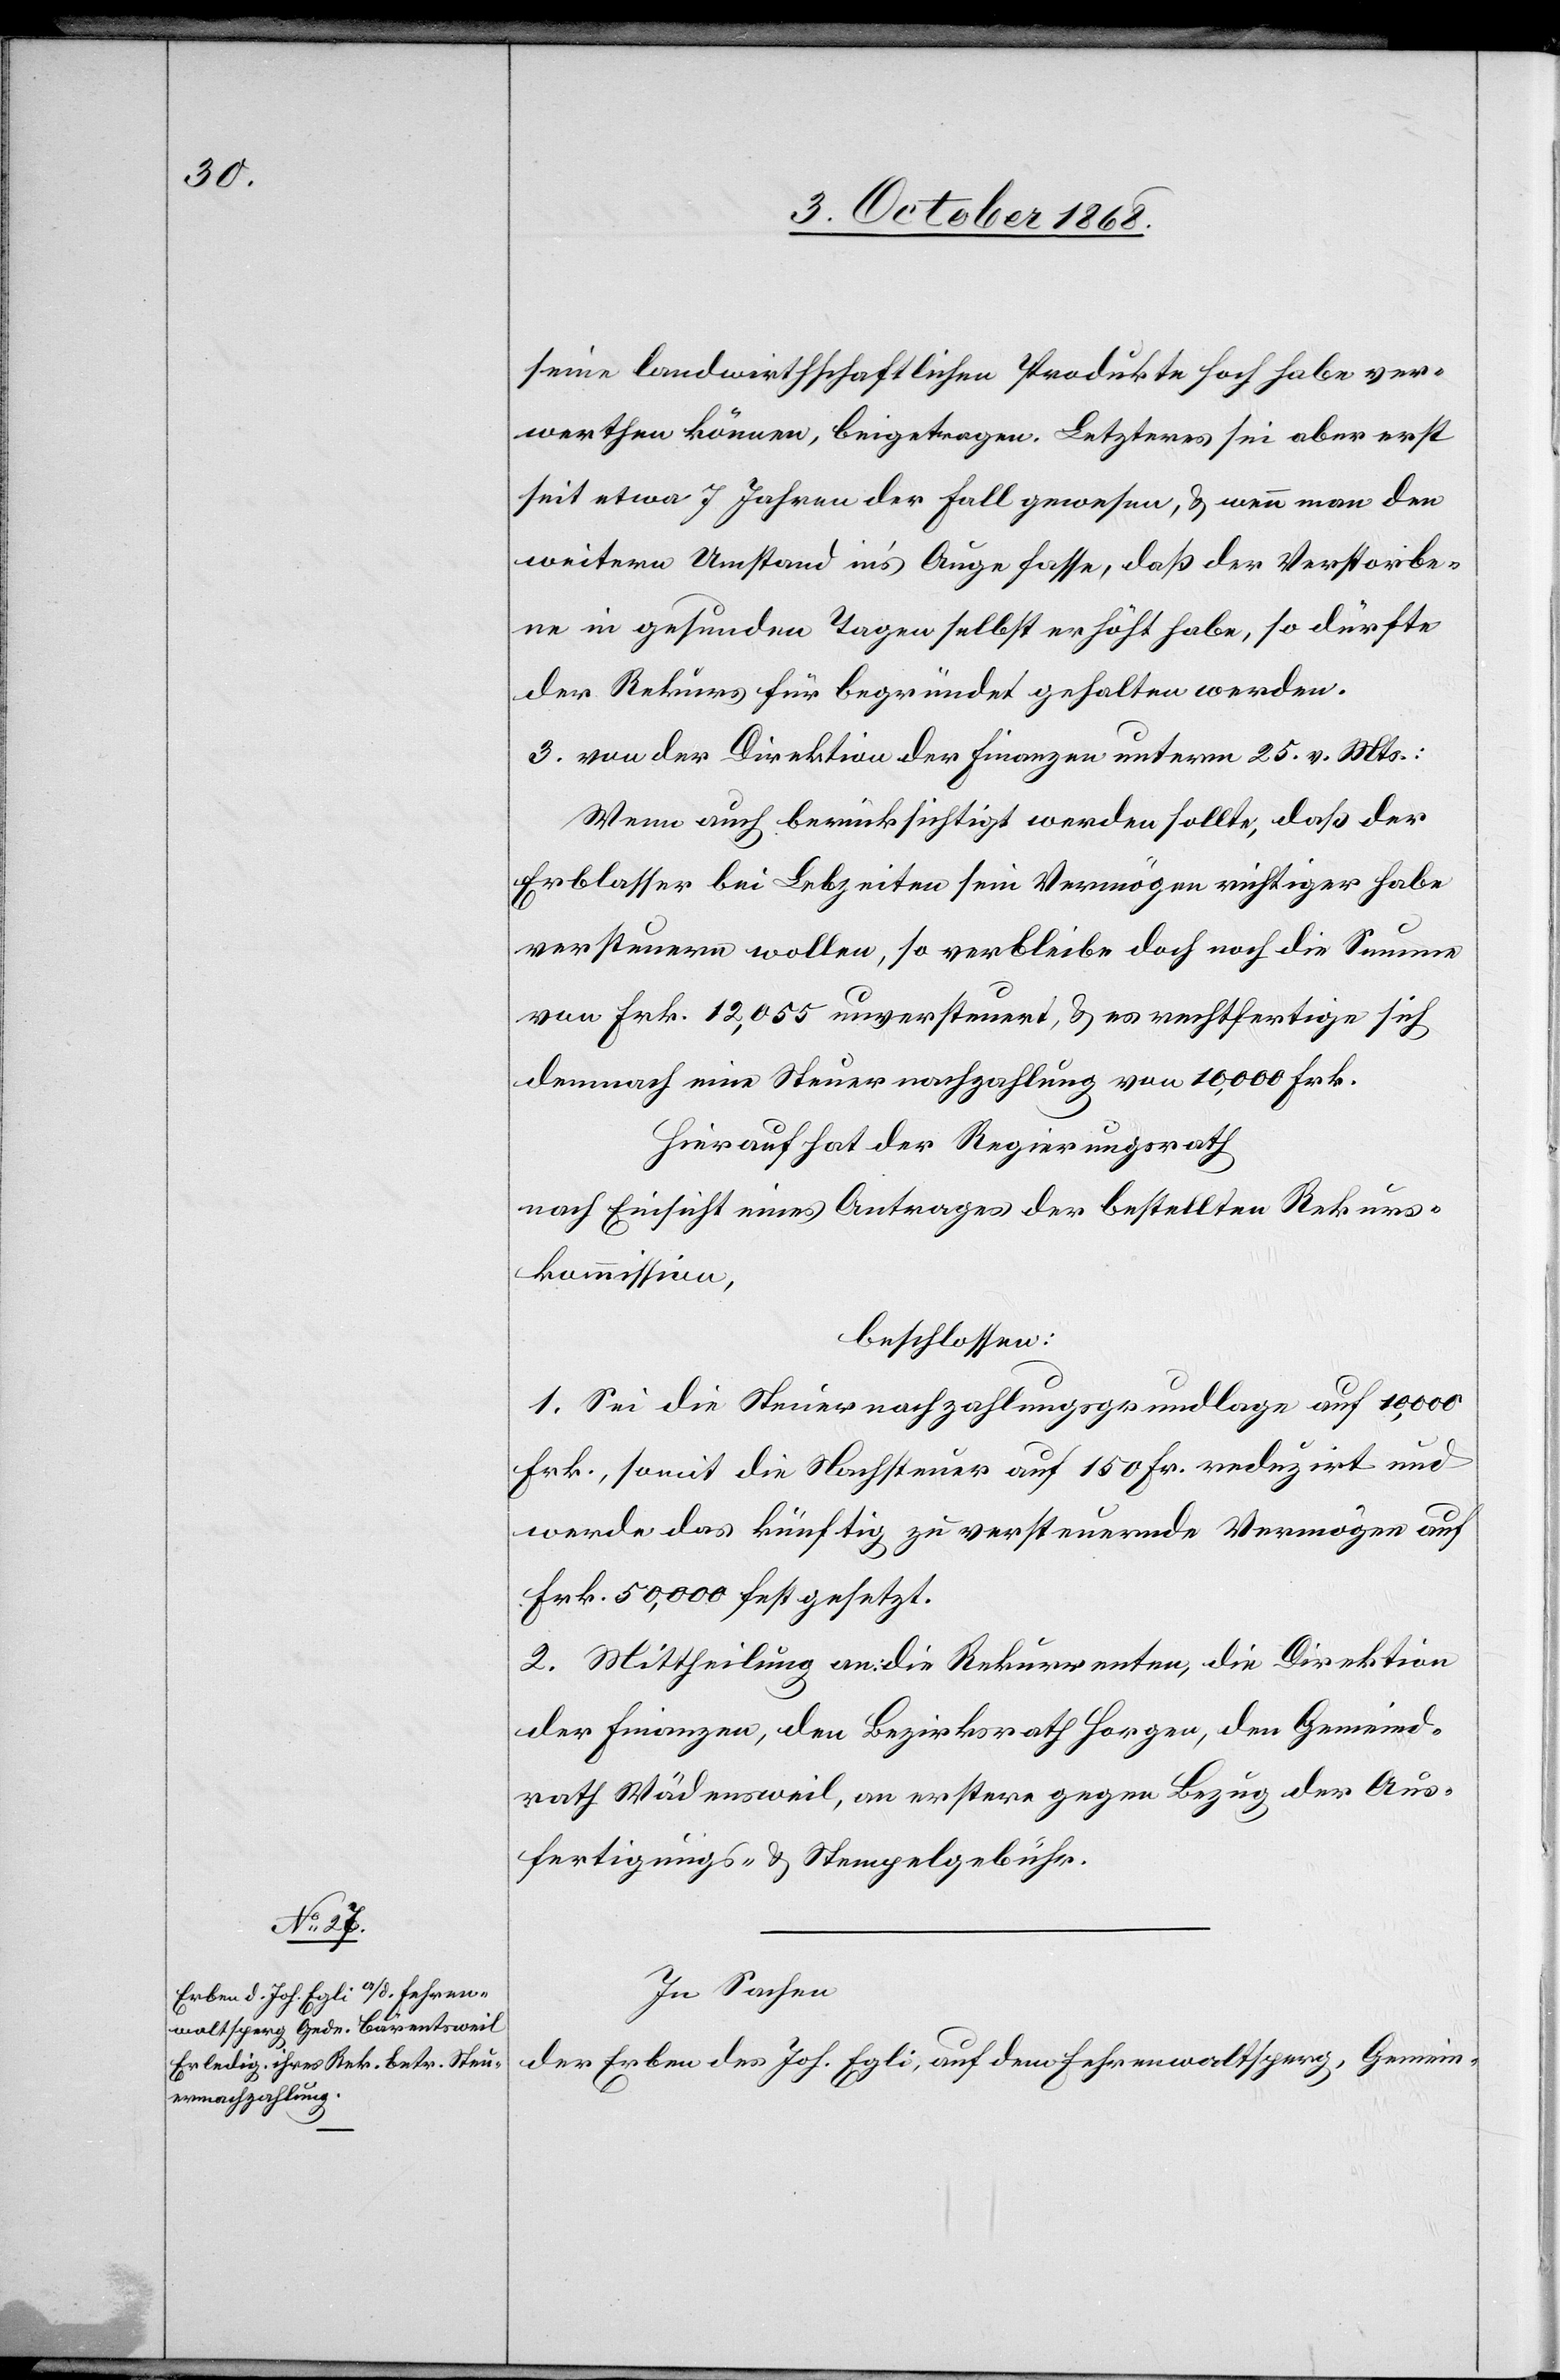
seine landwirthschaftlichen Produkte hoch habe ver¬
werthen können, beigetragen. Letzteres sei aber erst
seit etwa 7 Jahren der Fall gewesen, & wenn man den
weitern Umstand in’s Auge fasse, daß der Verstorbe¬
ne in gesunden Tagen selbst erhöht habe, so dürfte
der Rekurs für begründet gehalten werden.
3. von der Direktion der Finanzen unterm 25. v. Mts.:
Wenn auch berücksichtigt werden sollte, daß der
Erblasser bei Lebzeiten sein Vermögen richtiger habe
versteuern wollen, so verbleibe doch noch die Summe
von Frk. 12,055 unversteuert, & es rechtfertige sich
demnach eine Steuernachzahlung von 10,000 Frk.
Hierauf hat der Regierungsrath
nach Einsicht eines Antrages der bestellten Rekurs¬
kommission,
beschlossen:
1. Sei die Steuernachzahlungsgrundlage auf 10,000
Frk., somit die Nachsteuer auf 150 Fr. reduzirt und
werde das künftig zu versteuernde Vermögen auf
Frk. 50,000 festgesetzt.
2. Mittheilung an: die Rekurrenten, die Direktion
der Finanzen, den Bezirksrath Horgen, den Gemeind¬
rath Wädensweil, an erstere gegen Bezug der Aus¬
fertigungs- & Stempelgebühr.
In Sachen
der Erben des Joh. Egli, auf dem Fehrenwaltsperg, Gemein-